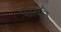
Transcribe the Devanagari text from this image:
फायने